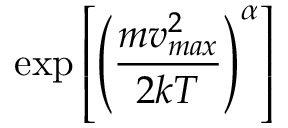
\exp \left[ \left( \frac { m v _ { m a x } ^ { 2 } } { 2 k T } \right) ^ { \alpha } \right]